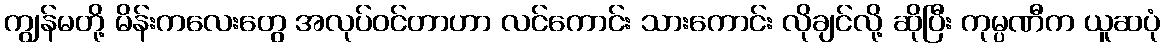
ကျွန်မတို့ မိန်းကလေးတွေ အလုပ်ဝင်တာဟာ လင်ကောင်း သားကောင်း လိုချင်လို့ ဆိုပြီး ကုမ္ပဏီက ယူဆပုံ